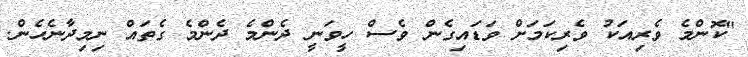
"ކޮންމެ ވެރިއަކު ވެރިކަމަށް ވަޑައިގެން ވެސް ހީވަނީ ދެންމެ ދެންމެ ގެތައް ނިމިދާނެހެން.